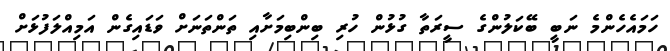
ހަމައެހެންމެ ނަބީ ބޭކަލުންގެ ސީރަތާ ގުޅުން ހުރި ބިންބިމަށާއި ތަންތަނަށް ވަޑައިގެން އަމިއްލަފުޅަށް